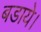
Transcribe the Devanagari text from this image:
बडाये।